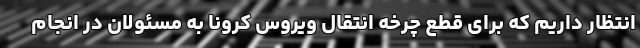
انتظار داریم که برای قطع چرخه انتقال ویروس کرونا به مسئولان در انجام